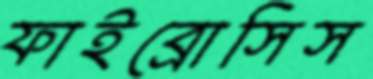
ফাইব্রোসিস